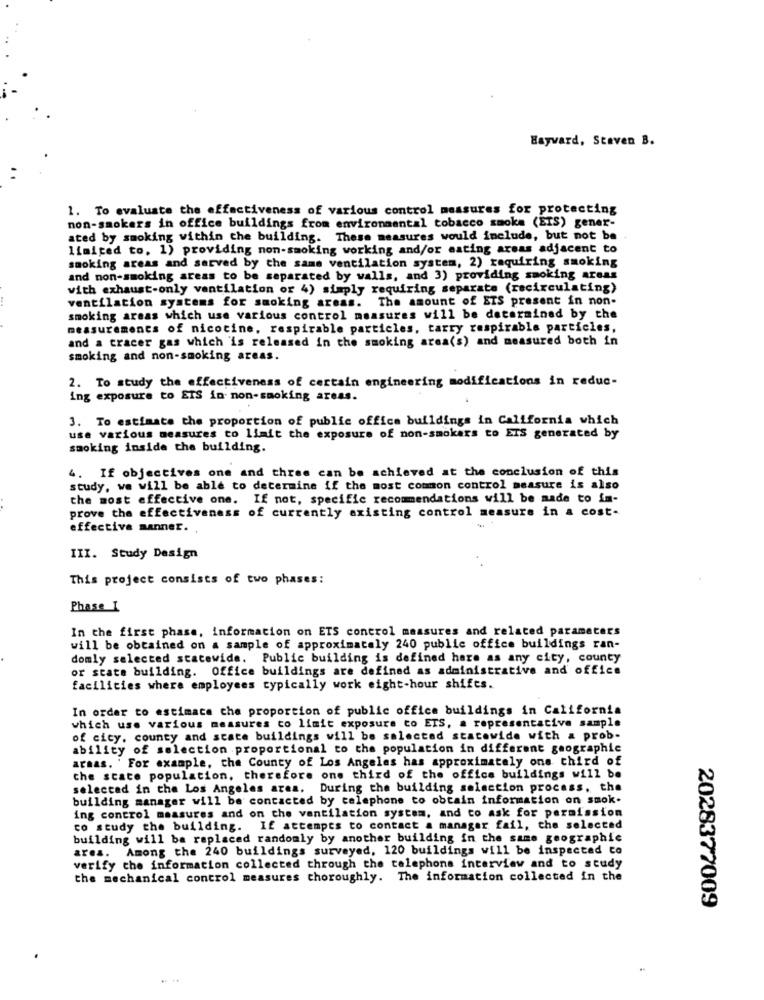
Hayward, Steven B.
1. To evaluate the effectiveness of various control measures for protecting
non-smokers in office buildings from environmental tobacco smoka (ETS) gener-
ated by smoking within che building. These measures would include, but not be
limited to, 1) providing non-smoking working and/or eating areas adjacent to
smoking areas and served by the same ventilation system, 2) requiring smoking
and non-smoking areas to be separated by walls, and 3) providing smoking areas
with exhaust-only ventilation or 4) simply requiring separate (recirculating)
ventilation systems for smoking areas. The amount of ETS present in non-
smoking areas which use various control measures will be determined by the
measurements of nicotine, respirable particles, tarry respirable particles,
and a tracer gas which is released in the smoking area(s) and measured both in
smoking and non-smoking areas.
2. To study the effectiveness of certain engineering modifications in reduc-
ing exposure to EIS in non-smoking areas.
3. To estimate the proportion of public office buildings in California which
use various measures to limit the exposure of non-smokers to ETS generated by
smoking inside the building.
4. If objectives one and three can be achieved at the conclusion of this
study, we will be able to determine if the most common control measure is also
the most effective one. If not, specific recommendations will be made to im-
prove the effectiveness of currently axisting control measure in a cost.
effective manner .,
III. Study Design
This project consists of two phases:
Phase I
In the first phase, information on ETS control measures and related parameters
will be obtained on a sample of approximately 240 public office buildings ran-
domly selected statewide. Public building is defined hare as any city, county
or state building. Office buildings are defined as administrative and office
facilities where employees typically work eight-hour shifts.
In order to estimate the proportion of public office buildings in California
which use various measures co limit exposure co ETS, a representative sample
of city. county and state buildings will be selected statewide with a prob-
ability of selection proportional to the population in different geographic
araas. ' For example, the County of Los Angeles has approximately one third of
che state population. therefore one third of the office buildings will be
selectad in the Los Angeles area. During the building selection process, the
building manager will be contacted by telephone to obtain information on smok.
ing control measures and on che ventilation system, and to ask for permission
to study the building. If attempts to contact a manager fail, the selected
building will be replaced randomly by another building in the same geographie
ares. Among the 240 buildings surveyed, 120 buildings will be inspected co
verify the information collected through the telephone interview and to study
the mechanical control measures thoroughly. The information collected in the
2028377009